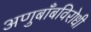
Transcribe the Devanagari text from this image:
अणुबाँबविरोधी